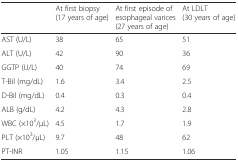
|  | At first biopsy (17 years of age) | At first episode of esophageal varices (27 years of age) | At LDLT (30 years of age) |
 | --- | --- | --- | --- |
 | AST (U/L) | 38 | 65 | 51 |
 | ALT (U/L) | 42 | 90 | 36 |
 | GGTP (U/L) | 40 | 74 | 69 |
 | T-Bil (mg/dL) | 1.6 | 3.4 | 2.5 |
 | D-Bil (mg/dL) | 0.4 | 0.3 | 0.4 |
 | ALB (g/dL) | 4.2 | 4.3 | 2.8 |
 | WBC (×103/μL) | 4.5 | 1.7 | 1.9 |
 | PLT (×103/μL) | 9.7 | 48 | 62 |
 | PT-INR | 1.05 | 1.15 | 1.06 |